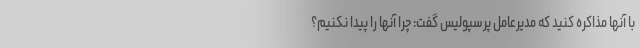
با آنها مذاکره کنید که مدیرعامل پرسپولیس گفت: چرا آنها را پیدا نکنیم؟